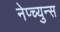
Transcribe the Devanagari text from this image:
नेप्च्युन्स